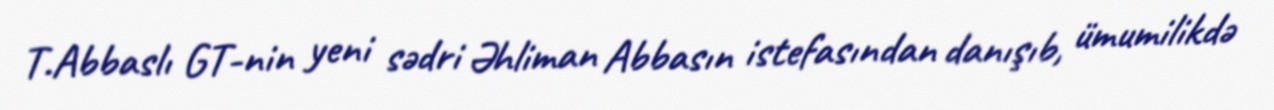
T.Abbaslı GT-nin yeni sədri Əhliman Abbasın istefasından danışıb, ümumilikdə